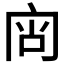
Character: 𰇟